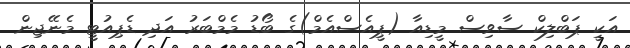
އަކީ ޕަބްލިކް ސާވިސް މީޑިއާ (ޕީއެސްއެމް)ގެ ބޯޑު މެމްބަރު އަދި ޑެޕިއުޓީ މެނޭޖިން